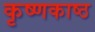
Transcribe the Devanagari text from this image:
कृष्णकाष्ठ